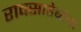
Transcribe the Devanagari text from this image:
रावसाहेबांचा